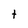
Character: t